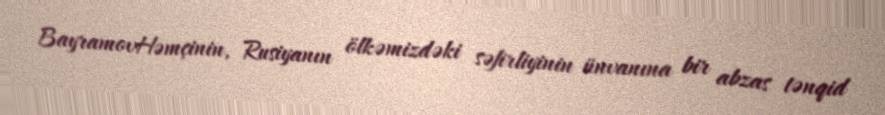
BayramovHəmçinin, Rusiyanın ölkəmizdəki səfirliyinin ünvanına bir abzas tənqid